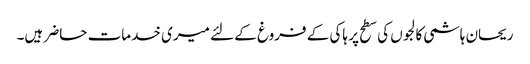
ریحان ہاشمی	کالجوں کی سطح پر ہاکی کے فروغ کے لئے میری خدمات حاضر ہیں۔